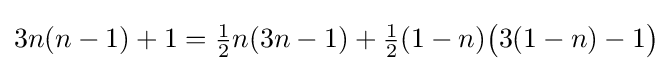
3n(n-1)+1={\tfrac {1}{2}}n(3n-1)+{\tfrac {1}{2}}(1-n){\bigl (}3(1-n)-1{\bigr )}